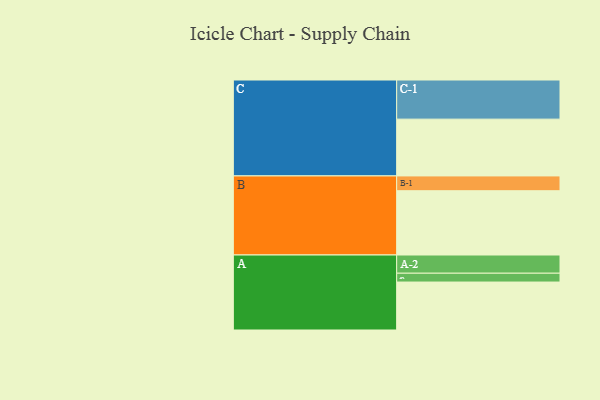
{"axis": {"x": "Segment", "y": "Value"}, "legend": ["", "A", "B", "C"], "data": [{"x": "A", "y": 353, "type": ""}, {"x": "B", "y": 473, "type": ""}, {"x": "C", "y": 418, "type": ""}, {"x": "A-1", "y": 65, "type": "A"}, {"x": "A-2", "y": 134, "type": "A"}, {"x": "B-1", "y": 109, "type": "B"}, {"x": "C-1", "y": 288, "type": "C"}]}